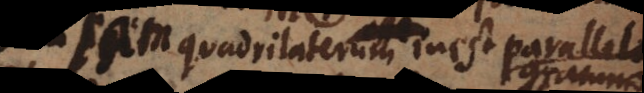
quadrilaterum inest parallelogrammo.